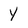
Character: Y